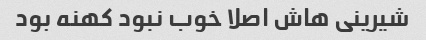
شیرینی هاش اصلا خوب نبود کهنه بود